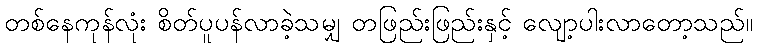
တစ်နေကုန်လုံး စိတ်ပူပန်လာခဲ့သမျှ တဖြည်းဖြည်းနှင့် လျော့ပါးလာတော့သည်။